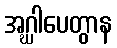
အဂ္ဃါပေတွာန